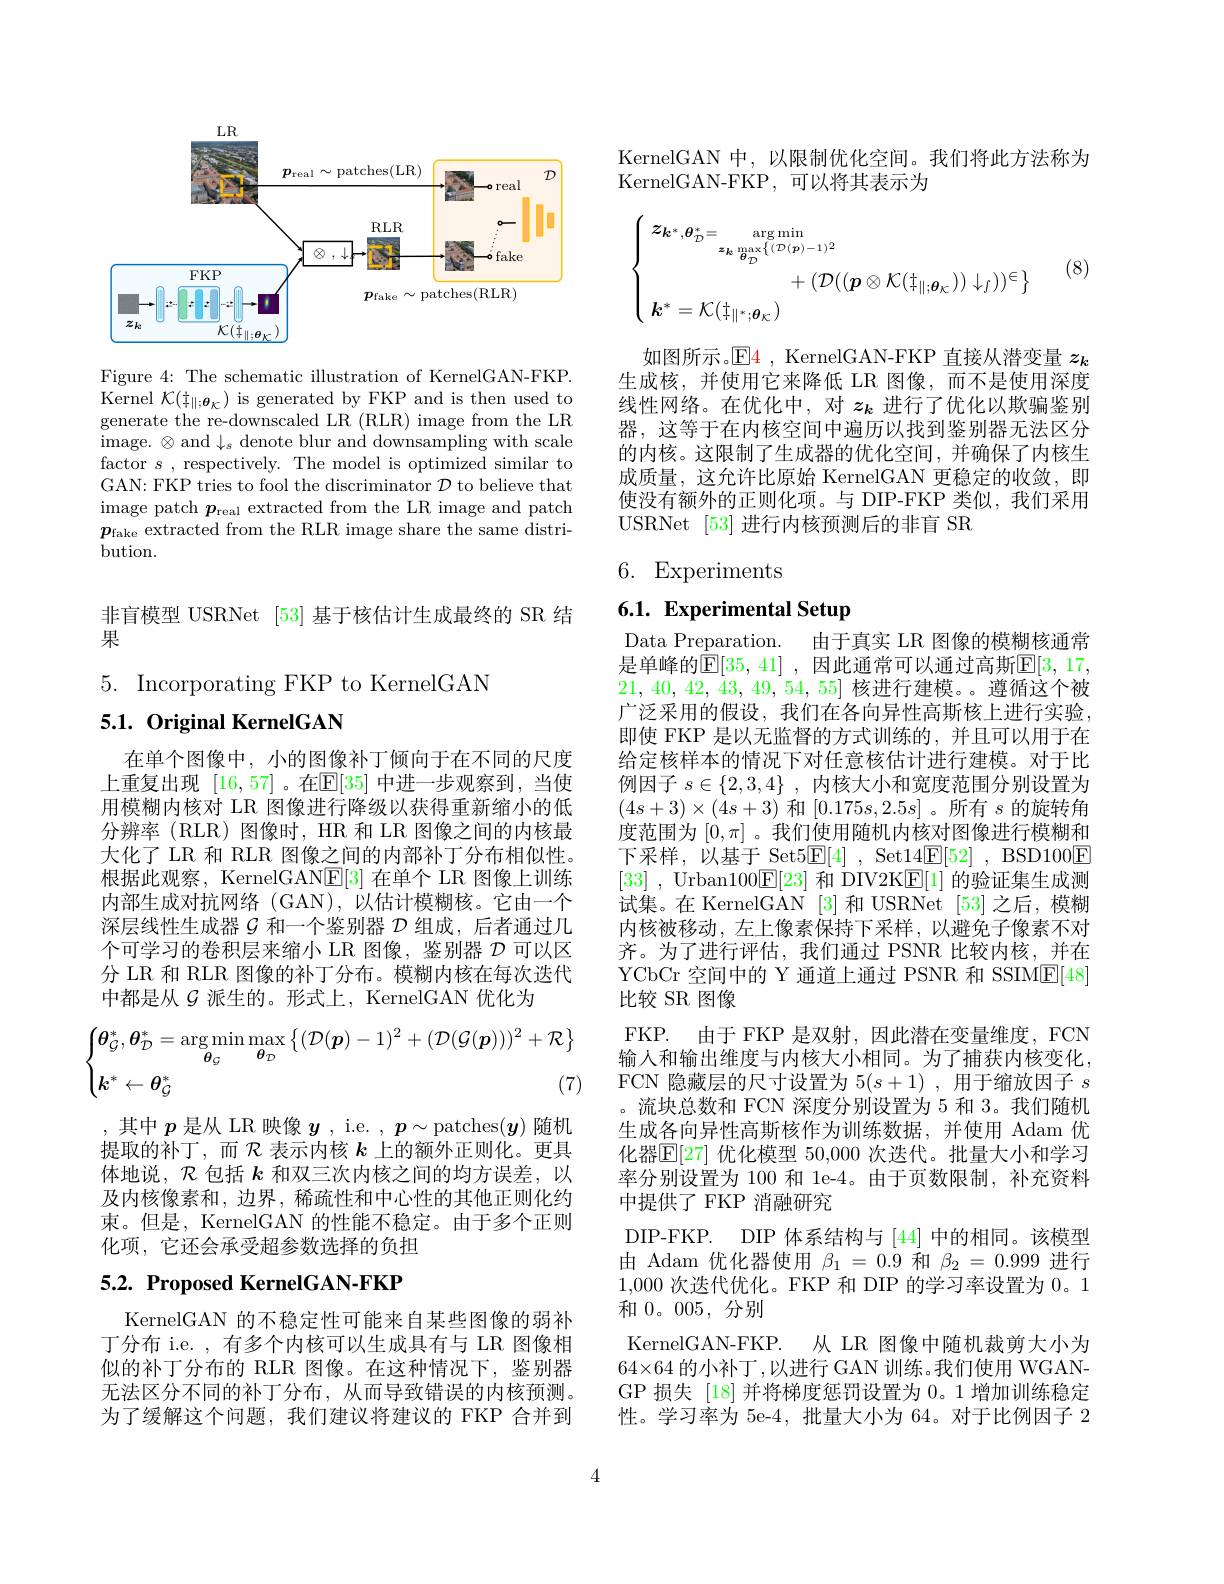
,其中$p$是从 LR 映像$y$ , i.e. $,p\sim$patches$(\boldsymbol{y})$随机提取的补丁，而$\mathcal{R}$表示内核$k$上的额外正则化。更具体地说，$\mathcal{R}$包括$k$和双三次内核之间的均方误差，以及内核像素和，边界，稀疏性和中心性的其他正则化约束。但是，KernelGAN 的性能不稳定。由于多个正则化项，它还会承受超参数选择的负担

# 5.2. Proposed KernelGAN-FKP

KernelGAN 的不稳定性可能来自某些图像的弱补丁分布 i.e. , 有多个内核可以生成具有与 LR 图像相似的补丁分布的 RLR 图像。在这种情况下，鉴别器无法区分不同的补丁分布，从而导致错误的内核预测。为了缓解这个问题，我们建议将建议的 FKP 合并到

<FigureHere>

Figure 4: The schematic illustration of KernelGAN-FKP. Kernel $\mathcal{K}(\frac{\dagger}{\dagger}\|;\boldsymbol{\theta}_{\mathcal{K}})$ is generated by FKP and is then used to generate the re-downscaled LR (RLR) image from the LR $\bar{\mathrm{image.~}}\otimes$and$\downarrow_s$ denote blur and downsampling with scale factor $s$, respectively. The model is optimized similar to GAN: FKP tries to fool the discriminator $\mathcal{D}$ to believe that image patch $\boldsymbol p_\mathrm{real}$ extracted from the LR image and patch $p_{\mathrm{fake~}}$extracted from the RLR image share the same distribution.

非盲模型 USRNet [53] 基于核估计生成最终的 SR 结
果

$5.{\mathrm{~Incorporating~FKP~to~KernelGAN}}$
$5. 1. \textbf{Original KernelGAN}$

在单个图像中，小的图像补丁倾向于在不同的尺度上重复出现 [16,57] 。在$\mathbb{E}[35]$ 中进一步观察到，当使用模糊内核对 LR 图像进行降级以获得重新缩小的低分辨率(RLR)图像时，HR 和 LR 图像之间的内核最大化了 LR 和 RLR 图像之间的内部补丁分布相似性。根据此观察，KernelGAN$\mathbb{E}[3]$在单个 LR 图像上训练内部生成对抗网络 (GAN),以估计模糊核。它由一个深层线性生成器$\mathcal{G}$和一个鉴别器$\mathcal{D}$组成，后者通过几个可学习的卷积层来缩小 LR 图像，鉴别器$\mathcal{D}$可以区分 LR 和 RLR 图像的补丁分布。模糊内核在每次迭代中都是从$\mathcal{G}$派生的。形式上，KernelGAN 优化为

KernelGAN 中，以限制优化空间。我们将此方法称为
KernelGAN-FKP,可以将其表示为

(8)
$$\left.\left\{\begin{array}{c}z_{k^{*},\theta_{\mathcal{D}}^{*}}=\underset{\boldsymbol{z}_{\boldsymbol{k}}\max_{\boldsymbol{\theta}_{\mathcal{D}}}\left\{(\mathcal{D}(\boldsymbol{p})-1)^{2}\right.}{\operatorname*{\arg\min}}\\\\+(\mathcal{D}((\boldsymbol{p}\otimes\mathcal{K}(\ddagger_{\parallel;\boldsymbol{\theta}_{\mathcal{K}}}))\downarrow_{f}))^{\in}\end{array}\right.\right\}$$
如图所示。$\mathbb{E}$4 , KernelGAN-FKP 直接从潜变量$z_k$ 生成核，并使用它来降低 LR 图像，而不是使用深度线性网络。在优化中，对$z_k$进行了优化以欺骗鉴别器，这等于在内核空间中遍历以找到鉴别器无法区分的内核。这限制了生成器的优化空间，并确保了内核生成质量，这允许比原始 KernelGAN 更稳定的收敛，即使没有额外的正则化项。与 DIP-FKP 类似，我们采用USRNet [53] 进行内核预测后的非盲 SR

# 6. Experiments

6.1. Experimental Setup

由于真实 LR 图像的模糊核通常
Data Preparation.
是单峰的$\mathbb{E}[35,41]$ ,因此通常可以通过高斯$\mathbb{E}[3,17$, 21,40,42,43,49,54,55]核进行建模。遵循这个被广泛采用的假设，我们在各向异性高斯核上进行实验， 即使 FKP 是以无监督的方式训练的，并且可以用于在给定核样本的情况下对任意核估计进行建模。对于比例因子$s\in\{2,3,4\}$ ,内核大小和宽度范围分别设置为$(4s+3)\times(4s+3)$和$[0.175s,2.5s]$ 。所有$s$的旋转角度范围为$[0,\pi]$ 。我们使用随机内核对图像进行模糊和下采样，以基于 Set5E[4], Set14E[52], BSD100$\boxed{\mathrm{F}}$ [33] , Urban100$\underline{\mathrm{E}}[23]$和 DIV2K$\underline{\mathrm{E}}[1]$的验证集生成测试集。在 KernelGAN [3]和 USRNet [53] 之后，模糊内核被移动，左上像素保持下采样，以避免子像素不对齐。为了进行评估，我们通过 PSNR 比较内核，并在YCbCr 空间中的 Y 通道上通过 PSNR 和 SSIM$\underline{\mathrm{E}}[48]$ 比较 SR 图像
FKP. 由于 FKP 是双射，因此潜在变量维度，FCN 输人和输出维度与内核大小相同。为了捕获内核变化， FCN 隐藏层的尺寸设置为$5(s+1)$ ,用于缩放因子$s$ 。流块总数和 FCN 深度分别设置为 5 和 3。我们随机生成各向异性高斯核作为训练数据，并使用 Adam 优化器$\mathbb{E}[$27] 优化模型 50,000 次迭代。批量大小和学习率分别设置为 100 和 1e-4。由于页数限制，补充资料中提供了 FKP 消融研究
DIP-FKP. DIP 体系结构与[44]中的相同。该模型由 Adam 优化器使用$\beta_1=0.9$和$\beta_2=0.999$进行1,000次迭代优化。FKP 和 DIP 的学习率设置为0。1和0。005,分别
KernelGAN-FKP. 从 LR 图像中随机裁剪大小为$64\times64$ 的小补丁，以进行 GAN 训练。我们使用 WGANGP 损失 [18] 并将梯度惩罚设置为0。1 增加训练稳定性。学习率为 5e-4, 批量大小为 64。对于比例因子 2
$$\begin{cases}\boldsymbol{\theta}_{\mathcal{G}}^*,\boldsymbol{\theta}_{\mathcal{D}}^*=\arg\min\max_{\boldsymbol{\theta}_{\mathcal{G}}}\max_{\boldsymbol{\theta}_{\mathcal{D}}}\big\{(\mathcal{D}(\boldsymbol{p})-1)^2+(\mathcal{D}(\mathcal{G}(\boldsymbol{p})))^2+\mathcal{R}\big\}\\\boldsymbol{k}^*\leftarrow\boldsymbol{\theta}_{\mathcal{G}}^*\end{cases}$$
4